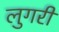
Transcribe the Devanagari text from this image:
लुगरी